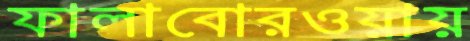
ফালাবোরওয়ায়